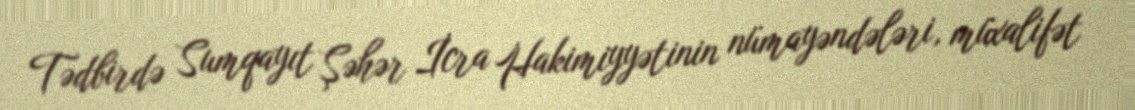
Tədbirdə Sumqayıt Şəhər İcra Hakimiyyətinin nümayəndələri, müxalifət